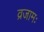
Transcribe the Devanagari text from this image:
व्रजामः